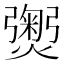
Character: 𭶡